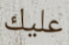
عليك